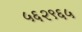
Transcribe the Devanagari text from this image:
५६२९६५